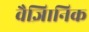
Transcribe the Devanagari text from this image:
वैज्ञिानिक